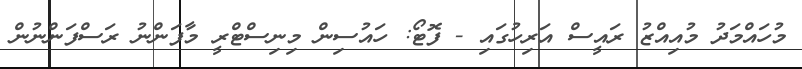
މުހައްމަދު މުއިއްޒު ރައީސް އަރިހުގައި - ފޮޓޯ: ހައުސިން މިނިސްޓްރީ މާފަންނު ރަސްފަންނުން